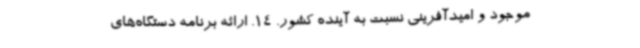
موجود و امیدآفرینی نسبت به آینده کشور. 14. ارائه برنامه‌ دستگاه‌های